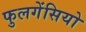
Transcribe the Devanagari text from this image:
फुलगेंसियो